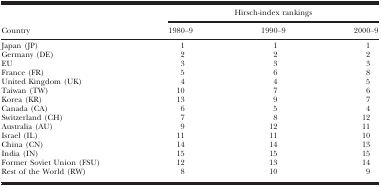
|  | <COLSPAN=3> Hirsch‐index rankings |
 | Country | 1980–9 | 1990–9 | 2000–9 |
 | --- | --- | --- | --- |
 | Japan (JP) | 1 | 1 | 1 |
 | Germany (DE) | 2 | 2 | 2 |
 | EU | 3 | 3 | 3 |
 | France (FR) | 5 | 6 | 8 |
 | United Kingdom (UK) | 4 | 4 | 5 |
 | Taiwan (TW) | 10 | 7 | 6 |
 | Korea (KR) | 13 | 9 | 7 |
 | Canada (CA) | 6 | 5 | 4 |
 | Switzerland (CH) | 7 | 8 | 12 |
 | Australia (AU) | 9 | 12 | 11 |
 | Israel (IL) | 11 | 11 | 10 |
 | China (CN) | 14 | 14 | 13 |
 | India (IN) | 15 | 15 | 15 |
 | Former Soviet Union (FSU) | 12 | 13 | 14 |
 | Rest of the World (RW) | 8 | 10 | 9 |